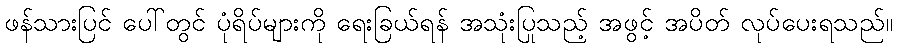
ဖန်သားပြင် ပေါ်တွင် ပုံရိပ်များကို ရေးခြယ်ရန် အသုံးပြုသည့် အဖွင့် အပိတ် လုပ်ပေးရသည်။